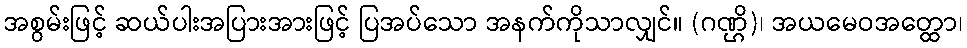
အစွမ်းဖြင့် ဆယ်ပါးအပြားအားဖြင့် ပြအပ်သော အနက်ကိုသာလျှင်။ (ဂဏ္ဌိ)၊ အယမေဝအတ္ထော၊